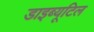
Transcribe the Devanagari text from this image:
डाइब्यूटिल